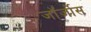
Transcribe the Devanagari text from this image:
जॉर्जोस